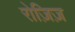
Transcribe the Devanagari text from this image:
रोज़िज़